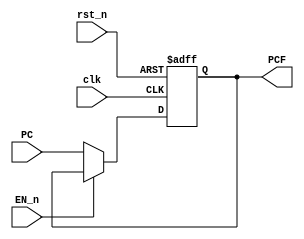
module PC(
	input             clk,
	input             rst_n,
	input             EN_n,
	input      [31:0] PC,
	output reg [31:0] PCF
);

always @(posedge clk or negedge rst_n)
	begin
	    if (~rst_n) begin
	        PCF <= 32'b0;
	        end
	    else if (~EN_n) begin
	        PCF <= PC;    
	        end
	end
	
endmodule